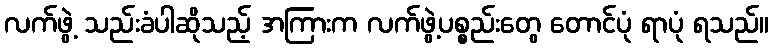
လက်ဖွဲ့ သည်းခံပါဆိုသည့် အကြားက လက်ဖွဲ့ပစ္စည်းတွေ တောင်ပုံ ရာပုံ ရသည်။